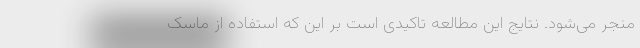
منجر می‌شود. نتایج این مطالعه تاکیدی است بر این که استفاده از ماسک